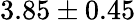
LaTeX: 3.85\pm 0.45